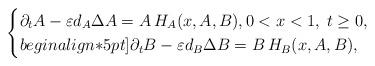
LaTeX: \begin{align*}\begin{cases} \partial_t A-\varepsilon d_A\Delta A = A \, H_A(x,A,B), 0 < x < 1, \; t \geq 0, \\begin{align*}5pt] \partial_t B-\varepsilon d_B\Delta B = B\, H_B(x,A,B),\end{cases}\end{align*}